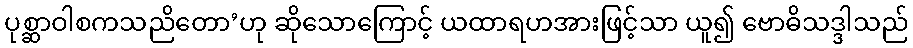
ပုစ္ဆာဝါစကသညိတော’ဟု ဆိုသောကြောင့် ယထာရဟအားဖြင့်သာ ယူ၍ ဗောဓိသဒ္ဒါသည်